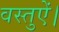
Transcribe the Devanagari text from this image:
वस्तुऐं।